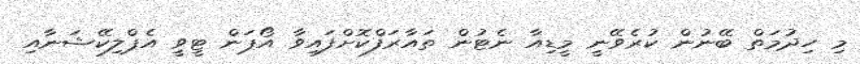
މި ހިދުމަތް ބޭނުން ކުރެވޭނީ މީޑިއާ ނެޓުން ތައާރަފްކޮށްފައިވާ އޯޕަން ޓީވީ އެޕްލިކޭޝަނާއި